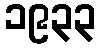
၁၉၃၃